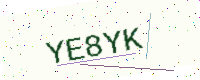
Text: YE8YK